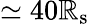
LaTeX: \simeq40\mathbb{R}_{\mathrm{{s}}}